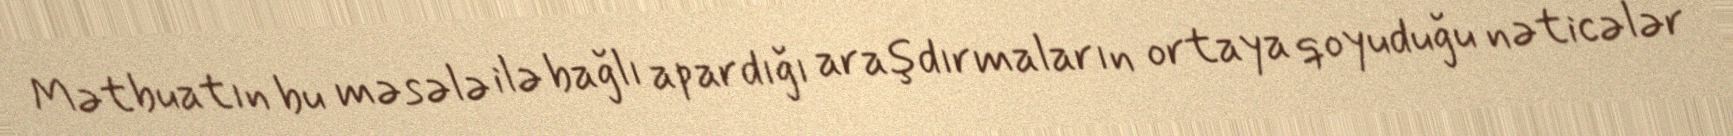
Mətbuatın bu məsələ ilə bağlı apardığı araşdırmaların ortaya qoyuduğu nəticələr